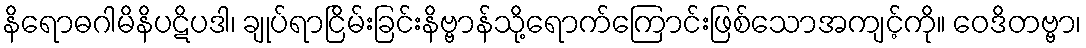
နိရောဓဂါမိနိပဋိပဒါ၊ ချုပ်ရာငြိမ်းခြင်းနိဗ္ဗာန်သို့ရောက်ကြောင်းဖြစ်သောအကျင့်ကို။ ဝေဒိတဗ္ဗာ၊